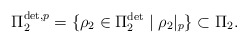
\begin{align*}\Pi_2^{\det, p} = \{ \rho_2 \in \Pi_2^{\det} \mid \rho_2|_p\} \subset \Pi_2.\end{align*}